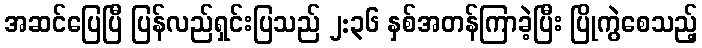
အဆင်ပြေပြီ ပြန်လည်ရှင်းပြသည် ၂:၃၆ နှစ်အတန်ကြာခဲ့ပြီး ပြိုကွဲစေသည့်